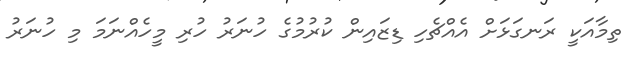
ތިމާއަކީ ރަނގަޅަށް އެއްޗެހި ޑިޒައިން ކުރުމުގެ ހުނަރު ހުރި މީހެއްނަމަ މި ހުނަރު